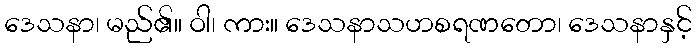
ဒေသနာ၊ မည်၏။ ဝါ၊ ကား။ ဒေသနာသဟစရဏတော၊ ဒေသနာနှင့်